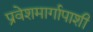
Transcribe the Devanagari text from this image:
प्रवेशमार्गापाशी